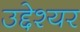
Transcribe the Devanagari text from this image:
उद्देश्यर